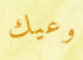
وعيك